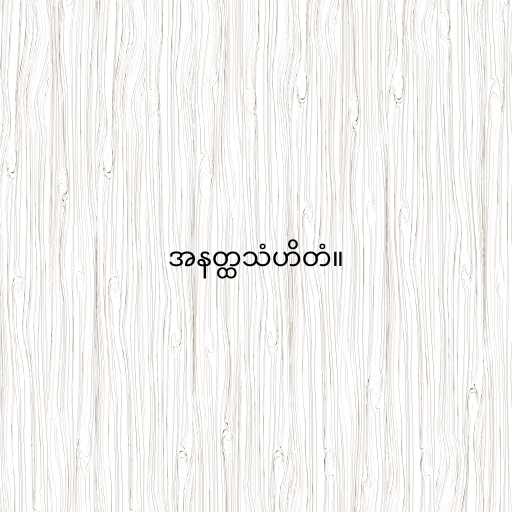
အနတ္ထသံဟိတံ။